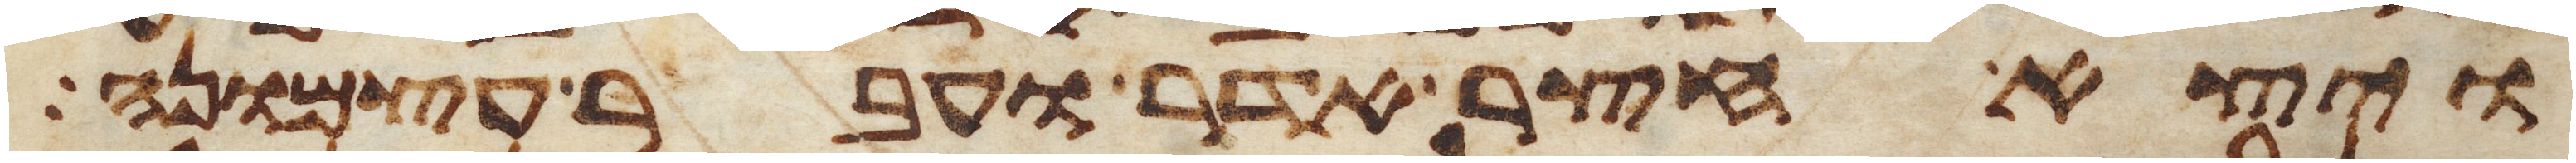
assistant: ויצא חצר אדר ועבר עצמונה